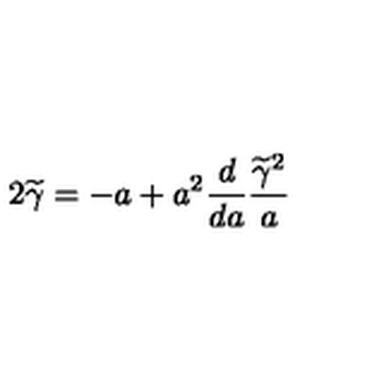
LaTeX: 2 \widetilde \gamma = - a + a ^ { 2 } { \frac { d } { d a } } { \frac { \widetilde \gamma ^ { 2 } } { a } }